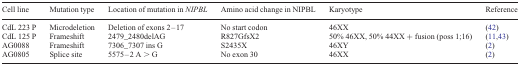
<table><thead><tr><td><b>Cell line</b></td><td><b>Mutation type</b></td><td><b>Location of mutation in <i>NIPBL</i></b></td><td><b>Amino acid change in NIPBL</b></td><td><b>Karyotype</b></td><td><b>Reference</b></td></tr></thead><tbody><tr><td>CdL 223 P</td><td>Microdeletion</td><td>Deletion of exons 2–17</td><td>No start codon</td><td>46XX</td><td>(42)</td></tr><tr><td>CdL 125 P</td><td>Frameshift</td><td>2479_2480delAG</td><td>R827GfsX2</td><td>50% 46XX, 50% 44XX + fusion (poss 1;16)</td><td>(11,43)</td></tr><tr><td>AG0088</td><td>Frameshift</td><td>7306_7307 ins G</td><td>S2435X</td><td>46XY</td><td>(2)</td></tr><tr><td>AG0805</td><td>Splice site</td><td>5575–2 A &gt; G</td><td>No exon 30</td><td>46XX</td><td>(2)</td></tr></tbody></table>